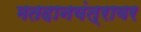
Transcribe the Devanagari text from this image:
मतदानयंत्रावर